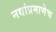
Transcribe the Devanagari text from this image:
नद्यांप्रमाणेच